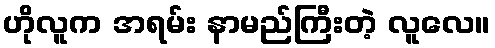
ဟိုလူက အရမ်း နာမည်ကြီးတဲ့ လူလေ။